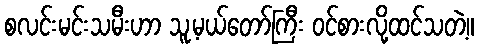
စလင်းမင်းသမီးဟာ သူ့မယ်တော်ကြီး ဝင်စားလို့ထင်သတဲ့။